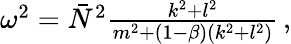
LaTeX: \begin{array}{r}{\omega^{2}=\bar{N}^{2}\frac{k^{2}+l^{2}}{m^{2}+(1-\beta)(k^{2}+l^{2})}\, ,}\end{array}